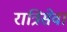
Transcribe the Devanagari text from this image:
रात्रिसेवा